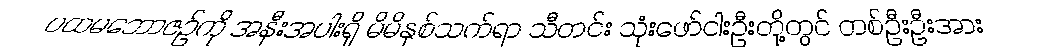
ပထမဘောဇဉ်ကို အနီးအပါးရှိ မိမိနှစ်သက်ရာ သီတင်း သုံးဖော်ငါးဦးတို့တွင် တစ်ဦးဦးအား